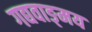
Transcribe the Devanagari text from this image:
गद्यवाङ्‌मय